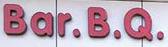
bar.b.q.